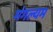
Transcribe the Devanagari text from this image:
मंगल्यम